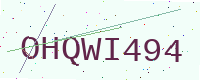
Text: OHQWI494